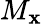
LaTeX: M_{\mathbf{x}}